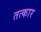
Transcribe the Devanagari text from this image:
तत्कार